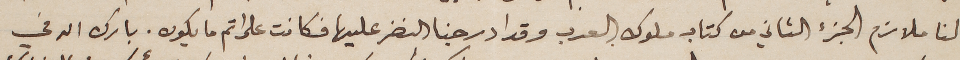
لنا ملازم الجزء الثاني من كتاب ملوك العرب وقد ادرجنا النضر عليها فكانت على اتم ما يكون. بارك الله في